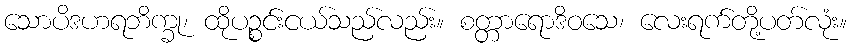
သောပိဒဟရဘိက္ခု၊ ထိုပဉ္စင်းငယ်သည်လည်း။ စတ္တာရောဒိဝသေ၊ လေးရက်တို့ပတ်လုံး။